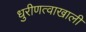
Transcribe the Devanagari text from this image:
धुरीणत्वाखाली